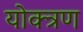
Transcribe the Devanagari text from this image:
योक्त्रण